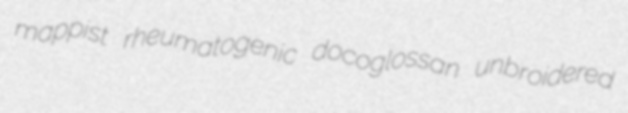
mappist rheumatogenic docoglossan unbroidered